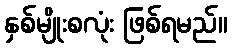
နှစ်မျိုးစလုံး ဖြစ်ရမည်။